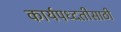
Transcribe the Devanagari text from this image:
कार्यपध्दतीसाठी